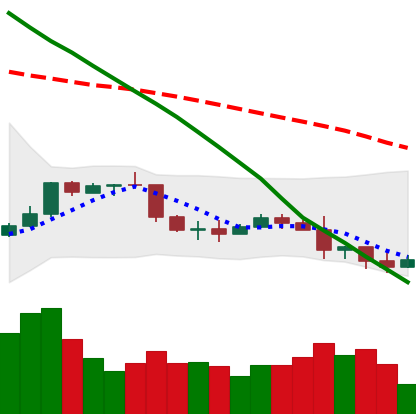
Ticker: NEO-USD
Chart end date: 2022-01-09
Forward return: 5.023%
Label: up_5_7